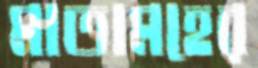
মাতামহের